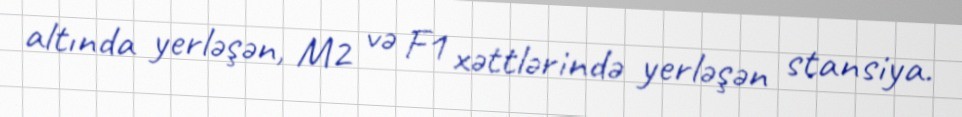
altında yerləşən, M2 və F1 xəttlərində yerləşən stansiya.